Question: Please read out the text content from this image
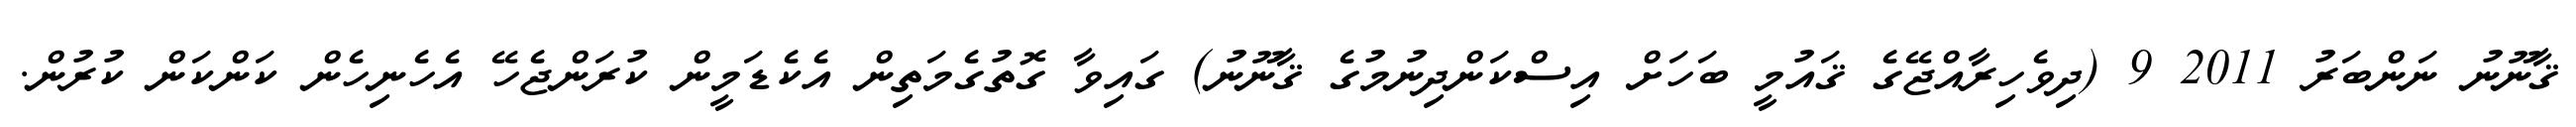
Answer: ޤާނޫނު ނަންބަރު 2011 9 (ދިވެހިރާއްޖޭގެ ޤައުމީ ބަހަށް އިސްކަންދިނުމުގެ ޤާނޫނު) ގައިވާ ގޮތުގެމަތިން އެކެޑަމީން ކުރަންޖެހޭ އެހެނިހެން ކަންކަން ކުރުން.